Indian Medical Review
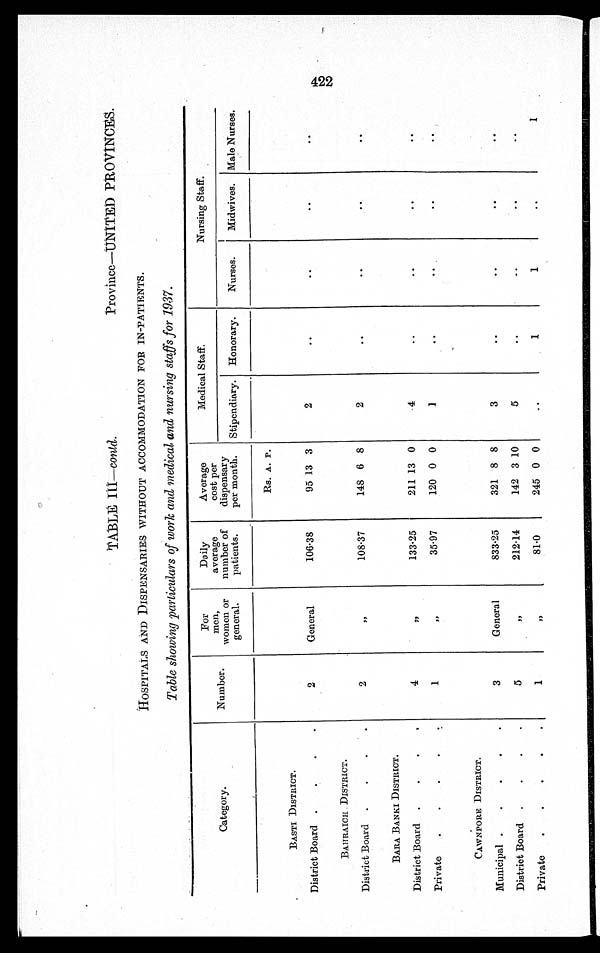
TABLE III—conld. Province—UNITED PROVINCES.
HOSPITALS AND DISPENSARIES WITHOUT ACCOMMODATION FOR IN-PATIENTS.
Table showing particulars of work and medical and nursing staffs for 1937.
Category.
Number.
For
men,
women or
general.
Daily
average
number of
patients.
Average
cost per
dispensary
per month.
Medical Staff.
Nursing Staff.
Stipendiary. Honorary.
Nurses.
Midwives. Male Nurses.
Rs. A. P.
BASTI DISTRICT.
District Board .
.
.
.
2
General
106·38
95 13 3
2
..
..
..
..
BAHRAICH DISTRICT.
District Board .
.
.
.
2
"
108·37
148 6 8
2
..
..
. .
. .
BARA BANKI DISTRICT.
District Board .
.
.
.
4
"
133·25
211 13 0
4
..
..
. .
. .
Private
.
.
.
.
.
1
"
35·97
120 0 0
1
..
. .
..
. .
CAWNPORE DISTRICT.
Municipal .
.
.
.
.
3
General
833·25
321 8 8
3
..
..
. .
..
District Board .
.
.
.
5
"
212·14
142 3 10
5
..
..
..
..
Private
.
.
.
.
.
1
"
81·0
245 0 0
..
1
1
..
1
422